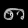
Digit: ၈